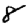
Digit: 8